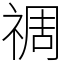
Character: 禂